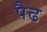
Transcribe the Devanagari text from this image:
पैढ